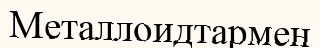
Металлоидтармен